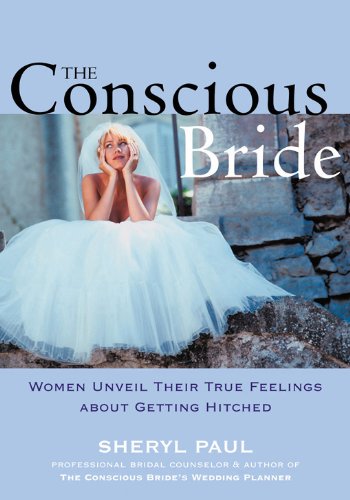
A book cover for The Conscious Bride: Women Unveil Their True Feelings about Getting Hitched (Women Talk About); Sheryl Paul; Crafts, Hobbies & Home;